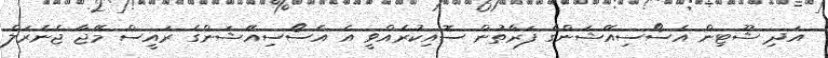
އަދި ޝޫޓިން އެސޯސިއޭޝަންގެ ފަރާތުން ސޮއިކުރެއްވީ އެ އެސޯސިއޭޝަންގެ ރައީސް މޭޖާ ޖެނެރަލް